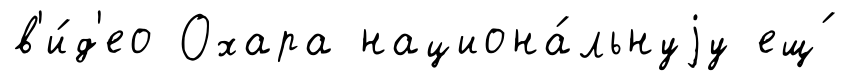
в'и́д'ео Охара национа́льнуjу ещ́